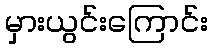
မှားယွင်းကြောင်း